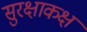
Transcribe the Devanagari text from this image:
सुरक्षाकक्ष